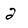
Character: 2